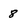
Character: 8